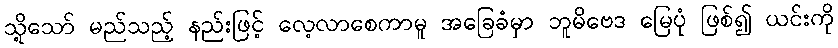
သို့သော် မည်သည့် နည်းဖြင့် လေ့လာစေကာမူ အခြေခံမှာ ဘူမိဗေဒ မြေပုံ ဖြစ်၍ ယင်းကို